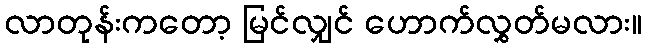
လာတုန်းကတော့ မြင်လျှင် ဟောက်လွှတ်မလား။